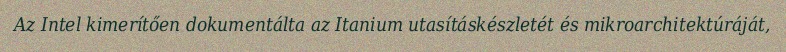
Az Intel kimerítően dokumentálta az Itanium utasításkészletét és mikroarchitektúráját,